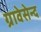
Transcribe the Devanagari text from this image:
ग्रावेसेन्द